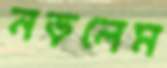
নড়লেম